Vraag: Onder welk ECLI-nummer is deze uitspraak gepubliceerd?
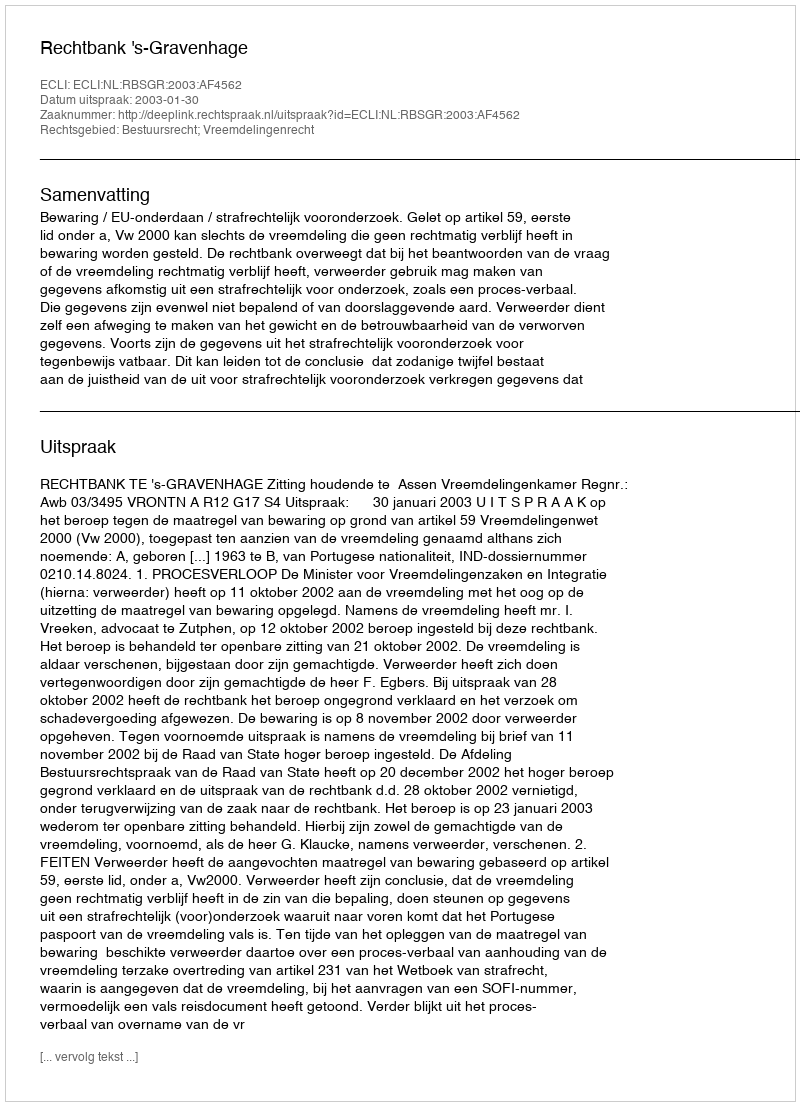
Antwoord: ECLI:NL:RBSGR:2003:AF4562